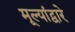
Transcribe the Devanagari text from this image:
मूल्यांद्वारे